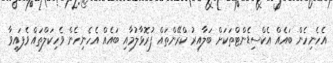
އެހެނިހެން ބައެއް އެކްސިޑެންޓްތަކަށް ބަލާއިރު ކްްރޭންތައް ފުރޮޅާލުމާއި ބައެއް އެހެނިހެން ވެހިކަލްތައް ވެފައިވާ